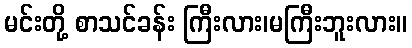
မင်းတို့ စာသင်ခန်း ကြီးလား၊မကြီးဘူးလား။